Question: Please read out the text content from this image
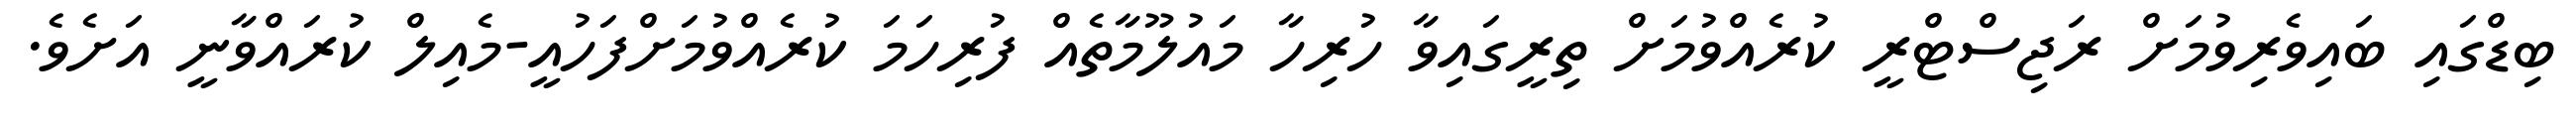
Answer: ބިޑްގައި ބައިވެރިވުމަށް ރަޖިސްޓްރީ ކުރެއްވުމަށް ތިރީގައިވާ ހުރިހާ މައުލޫމާތެއް ފުރިހަމަ ކުރެއްވުމަށްފަހުއީ-މެއިލް ކުރައްވާނީ އަށެވެ.